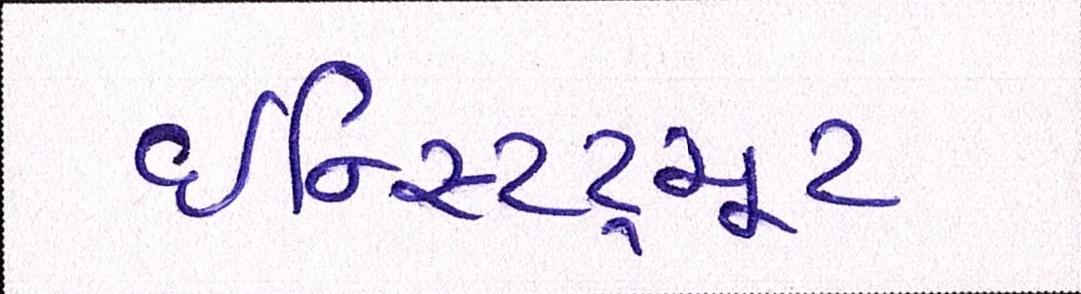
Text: ઇન્સ્ટિટ્યૂટ